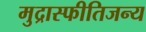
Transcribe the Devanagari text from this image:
मुद्रास्फीतिजन्य